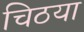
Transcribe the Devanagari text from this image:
चिठया